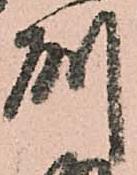
州